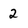
Character: 2